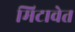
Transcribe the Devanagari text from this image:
मिटावेत